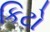
કિટો